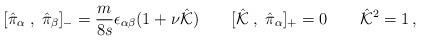
LaTeX: \begin{align*}[\hat{\pi}_\alpha\;,\;\hat{\pi}_\beta]_{-}=\frac{m}{8s}\epsilon_{\alpha\beta}(1+\nu \hat{\cal K}) \qquad[\hat{\cal K}\;,\;\hat{\pi}_\alpha]_+=0\qquad \hat{\cal K}^2=1\,,\end{align*}